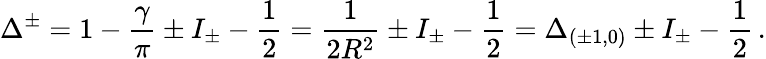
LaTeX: \Delta^{\pm}=1-\frac{\gamma}{\pi}\pm I_{\pm}-\frac{1}{2}=\frac{1}{2R^{2}}\pm I_{\pm}-\frac{1}{2}=\Delta_{(\pm 1,0)}\pm I_{\pm}-\frac{1}{2}\, .